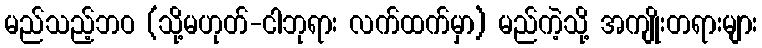
မည်သည့်ဘဝ (သို့မဟုတ်-ငါဘုရား လက်ထက်မှာ) မည်ကဲ့သို့ အကျိုးတရားများ